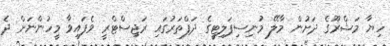
ހިޔާ މަޝްރޫގެ ދަށުން މާލޭ މުނިސިޕަލިޓީގެ ދަފްތަރުގައި ރަޖިސްޓްރީ ވެފައިވާ މީހުންނަށް ދެ